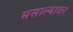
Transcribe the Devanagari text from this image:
मसाल्यावर